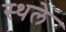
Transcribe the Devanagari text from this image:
स्थले